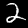
Label: 2